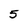
Character: 5